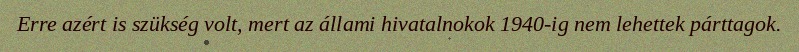
Erre azért is szükség volt, mert az állami hivatalnokok 1940-ig nem lehettek párttagok.